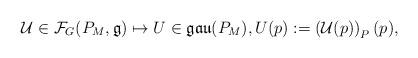
LaTeX: \begin{align*}\mathcal{U}\in \mathcal{F}_G(P_M,\mathfrak{g})\mapsto U\in\mathfrak{gau}(P_M),U(p):=\left(\mathcal{U}(p)\right)_P(p),\end{align*}